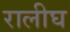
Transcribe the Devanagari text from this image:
रालीघ